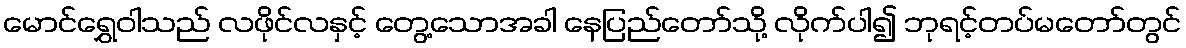
မောင်ရွှေဝါသည် လဖိုင်လနှင့် တွေ့သောအခါ နေပြည်တော်သို့ လိုက်ပါ၍ ဘုရင့်တပ်မတော်တွင်